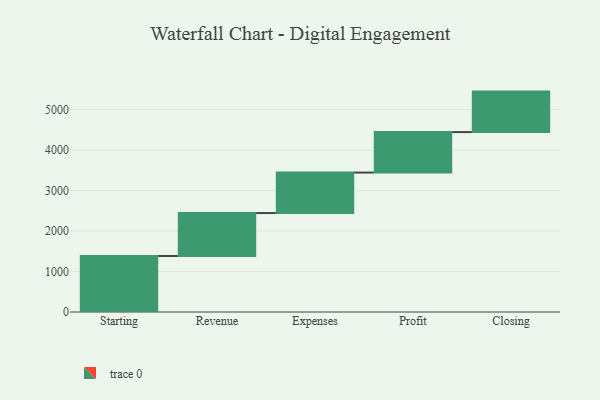
{"axis": {"x": "Step", "y": "Value"}, "legend": [""], "data": [{"x": "Starting", "y": 1383.0, "type": ""}, {"x": "Revenue", "y": 1061.0, "type": ""}, {"x": "Expenses", "y": 1000, "type": ""}, {"x": "Profit", "y": 1000, "type": ""}, {"x": "Closing", "y": 1000, "type": ""}]}